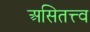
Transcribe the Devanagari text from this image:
असितत्त्व